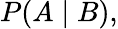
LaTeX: P(A\mid B),